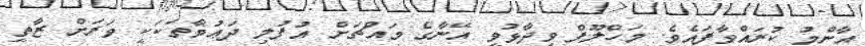
އާންމު ކުރައްވާފައެވެ. މަހްލޫފް ވިދާޅުވީ އޭނާގެ މައްޗަށް އުފުލި ދަޢުވާތަކަކީ ވަަރަށް ޒާތީ